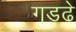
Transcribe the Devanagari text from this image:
गडढे